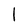
Character: l